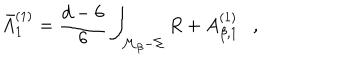
\bar { A } _ { 1 } ^ { ( 1 ) } = { \frac { d - 6 } { 6 } } \int _ { { \cal M } _ { \beta } - \Sigma } R + A _ { \beta , 1 } ^ { ( 1 ) } ,